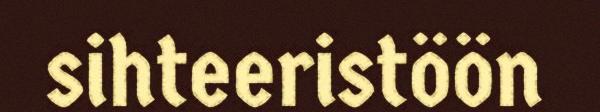
sihteeristöön